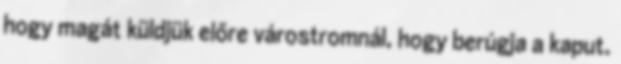
hogy magát küldjük előre várostromnál, hogy berúgja a kaput.